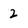
Character: 2